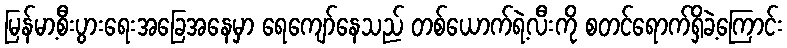
မြန်မာ့စီးပွားရေးအခြေအနေမှာ ရေကျော်နေသည် တစ်ယောက်ရဲ့လီးကို စတင်ရောက်ရှိခဲ့ကြောင်း